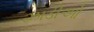
ઝાડીઓ